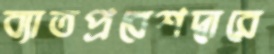
ব্যাতপ্রবেশদ্বারে